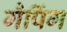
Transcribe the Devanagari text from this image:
गैपिंग